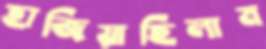
হাজিয়াছিলাম